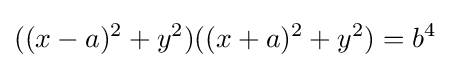
((x-a)^{2}+y^{2})((x+a)^{2}+y^{2})=b^{4}